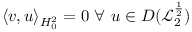
\langle v , u \rangle _ { H _ { 0 } ^ { 2 } } = 0 \ \forall \ u \in D ( \mathcal { L } _ { 2 } ^ { \frac { 1 } { 2 } } )